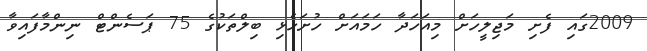
2009ގައި ފެށި މަޖިލީހަށް މިއަހަދާ ހަމައަށް ހުށަހެޅި ބިލްތަކުގެ 75 ޕަސެންޓް ނިންމާފައިވާ